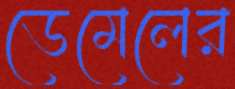
ডেমেলের